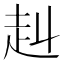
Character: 赳